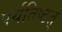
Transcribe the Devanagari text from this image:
पर्यतिष्ठत्